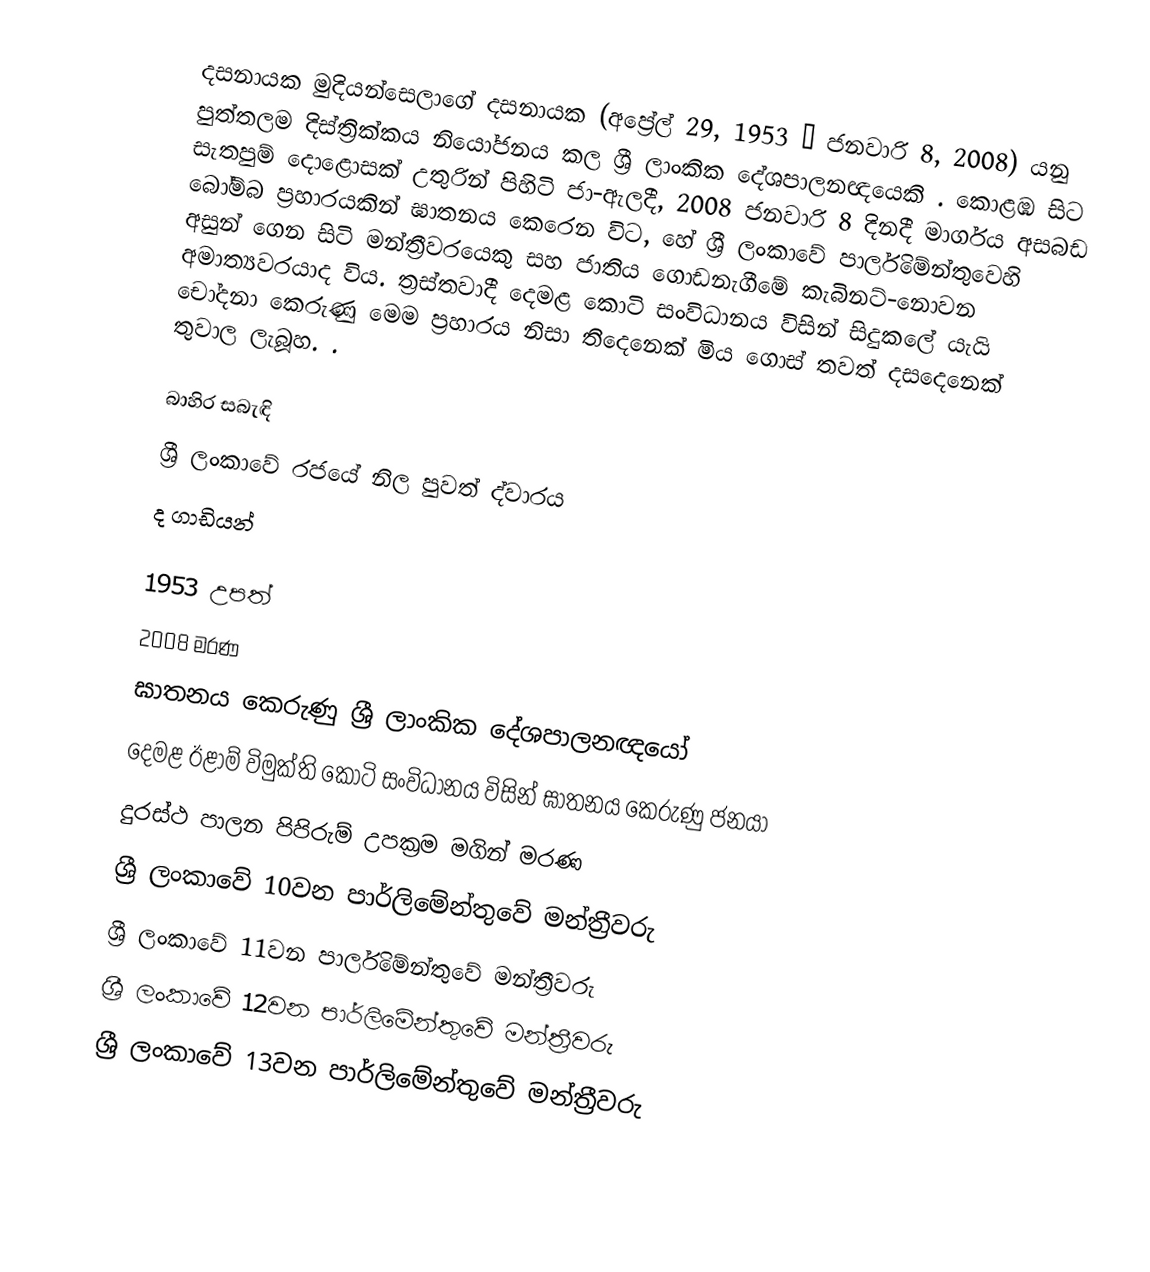
දසනායක මුදියන්සෙලාගේ දසනායක (අප්‍රේල් 29, 1953 – ජනවාරි 8, 2008) යනු පුත්තලම දිස්ත්‍රික්කය නියෝජනය කල ශ්‍රී ලාංකික දේශපාලනඥයෙකි . කොළඹ සිට සැතපුම් දොළොසක් උතුරින් පිහිටි ජා-ඇලදී, 2008 ජනවාරි 8 දිනදී මාර්ගය අසබඩ බෝම්බ ප්‍රහාරයකින් ඝාතනය කෙරෙන විට, හේ    ශ්‍රී ලංකාවේ පාර්ලිමේන්තුවෙහි අසුන් ගෙන සිටි මන්ත්‍රීවරයෙකු සහ ජාතිය ගොඩනැගීමේ කැබිනට්-නොවන අමාත්‍යවරයාද විය. ත්‍රස්තවාදී දෙමළ කොටි සංවිධානය විසින් සිදුකලේ යැයි චෝදනා කෙරුණු මෙම ප්‍රහාරය නිසා තිදෙනෙක් මිය ගොස් තවත් දසදෙනෙක් තුවාල ලැබූහ.  .

බාහිර සබැඳි
 ශ්‍රී ලංකාවේ රජයේ නිල පුවත් ද්වාරය
 ද ගාඩියන්

1953 උපත්
2008 මරණ
ඝාතනය කෙරුණු ශ්‍රී ලාංකික දේශපාලනඥයෝ
දෙමළ ඊළාම් විමුක්ති කොටි සංවිධානය විසින් ඝාතනය කෙරුණු ජනයා
දුරස්ථ පාලන පිපිරුම් උපක්‍රම මගින් මරණ
ශ්‍රී ලංකාවේ 10වන පාර්ලිමේන්තුවේ මන්ත්‍රීවරු
ශ්‍රී ලංකාවේ 11වන පාර්ලිමේන්තුවේ මන්ත්‍රීවරු
ශ්‍රී ලංකාවේ 12වන පාර්ලිමේන්තුවේ මන්ත්‍රීවරු
ශ්‍රී ලංකාවේ 13වන පාර්ලිමේන්තුවේ මන්ත්‍රීවරු